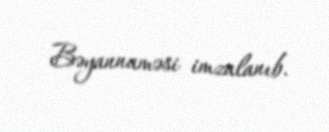
Bəyannaməsi imzalanıb.